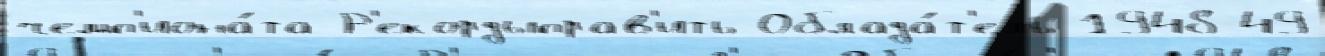
чемп'иона́та Р'екордыправ'ить Облада́т'ель 1948-49